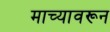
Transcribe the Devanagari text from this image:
माच्यावरून